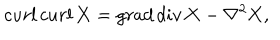
c u r l \, c u r l \, { \bf X } = g r a d \, d i v \, { \bf X } - { \bf \nabla } ^ { 2 } { \bf X } ,